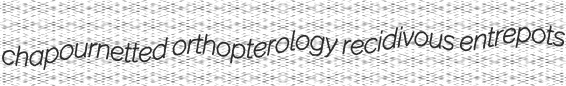
chapournetted orthopterology recidivous entrepots